system: You are a helpful assistant.
user:
Analyze the provided spectrum to determine if it is a **"Cataclysmic Variables (CV)"**.

- **Key Indicators for CV (Check for either state):**
    - **State 1: Quiescent / Low-State (Emission-Dominated)**
        - **(Primary):** Strong and *very broad* Hydrogen Balmer emission lines (e.g., $H\alpha$ at 6563 Å, $H\beta$ at 4861 Å). The 'broadness' (high velocity dispersion, often FWHM > 1000 km/s) is the key diagnostic, indicating a high-velocity accretion disk.
        - **(Secondary):** Broad neutral Helium (He I) emission lines (e.g., 5876 Å, 6678 Å).
        - **(Key Confirmation):** Presence of high-excitation *ionized* Helium (He II) emission at 4686 Å. This is a strong indicator of accretion onto a white dwarf.
        - **(Line Profile):** Emission lines may exhibit a 'double-peaked' profile, which is a classic signature of a rotating accretion disk viewed at high inclination.

    - **State 2: Outburst / High-State (Absorption-Dominated)**
        - **(Primary):** Spectrum is dominated by a bright, blue continuum (looks like a hot star).
        - **(Secondary):** The emission lines from State 1 are weak, absent, or 'filled in', and are replaced by broad, shallow *absorption* lines (primarily Balmer and He I).
        - **(Morphology):** The overall spectrum mimics a hot B/A-type star. The crucial difference is that the absorption lines are significantly broader, shallower, and more 'washed-out' (or 'smeared') than the sharp lines of a normal stellar photosphere, due to high rotational speeds and pressure broadening in the disk.

Think first, call **spectral_visualization_tool** if needed to examine features in detail, then provide your final answer. Your response must adhere to the following strict rules:
1.  **Overall Structure:** Your response must follow the format `<think>...</think> <tool_call>...</tool_call> (if a tool is used) <answer>...</answer>`.
2.  **Tool Usage Constraint:** You may only make **one** tool call per turn.
3.  **Final Answer Format:** In the `<answer>` tag, your conclusion must be inside a `\boxed{}` command (e.g., `\boxed{YES}`), followed by your justification.

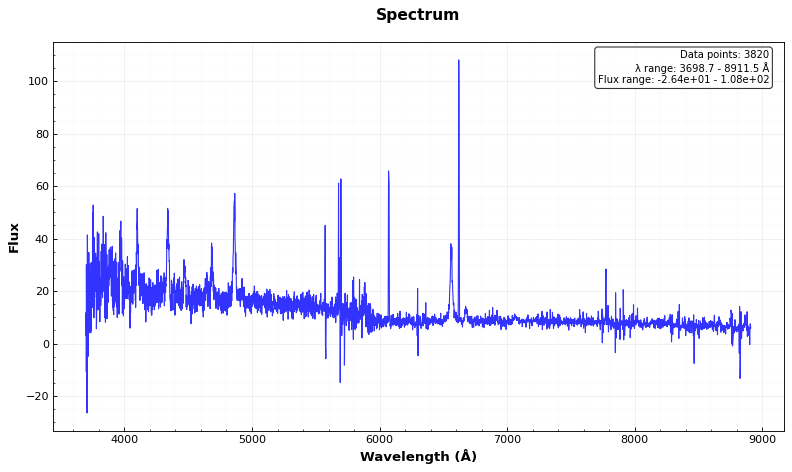
Answer: YES